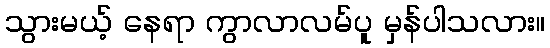
သွားမယ့် နေရာ ကွာလာလမ်ပူ မှန်ပါသလား။